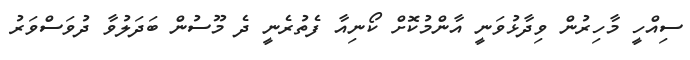
ސިއްހީ މާހިރުން ވިދާޅުވަނީ އާންމުކޮށް ކޯނިއާ ފެތުރެނީ ދެ މޫސުން ބަދަލުވާ ދުވަސްވަރު